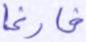
فارغا